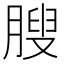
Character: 膄